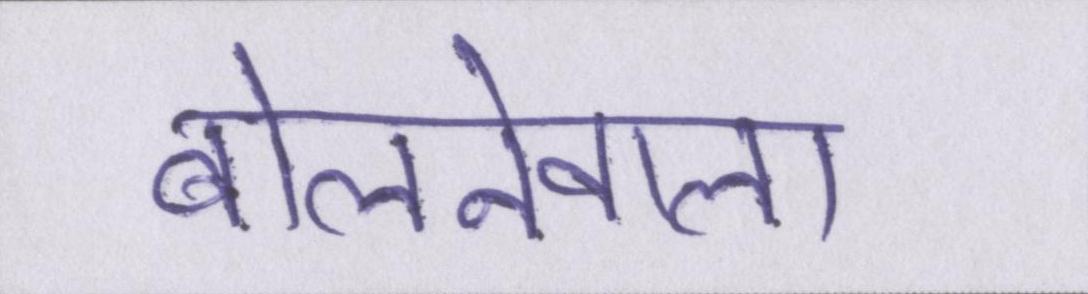
बोलनेवाला